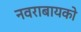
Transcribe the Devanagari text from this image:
नवराबायको